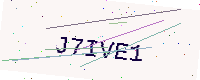
Text: J7IVE1